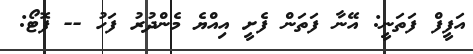
އަފީފް ފަތަނީ: އޭނާ ފަތަން ފެށީ އިއްޔެ މެންދުރު ފަހު -- ފޮޓޯ: